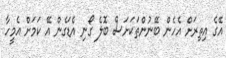
އޭގެ އިތިރަށް އެހެން ބޭނުންތަކަށަސް ބޮލެ ގޯނި އެޑަގެން އޭ ކަމަށް އެމީހާ